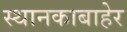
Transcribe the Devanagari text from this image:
स्थानकाबाहेर